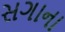
સગાના